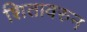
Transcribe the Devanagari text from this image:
शितावरुन